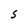
Character: S